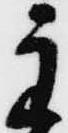
主